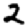
Digit: 2